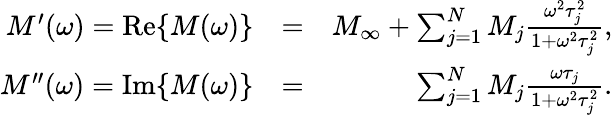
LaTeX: \begin{array}{rlr}{M^{\prime}(\omega)=\mathrm{Re}\{ M(\omega)\} }&{=}&{M_{\infty}+\sum_{j=1}^{N}M_{j}\frac{\omega^{2}\tau_{j}^{2}}{1+\omega^{2}\tau_{j}^{2}},}\\ {M^{\prime\prime}(\omega)=\mathrm{Im}\{ M(\omega)\} }&{=}&{\sum_{j=1}^{N}M_{j}\frac{\omega\tau_{j}}{1+\omega^{2}\tau_{j}^{2}}.}\end{array}